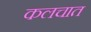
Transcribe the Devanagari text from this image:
कलचात